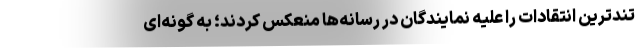
تندترین انتقادات را علیه نمایندگان در رسانه‌ها منعکس کردند؛ به گونه‌ای